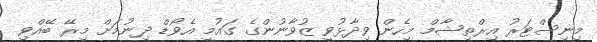
މިނިސްޓަރު އިރްތިޝާމް މިހެން ވިދާޅުވީ ޒުވާނުންގެ ގައުމީ އެވޯޑް ދިނުމަށް މިރޭ ބޭއްވި